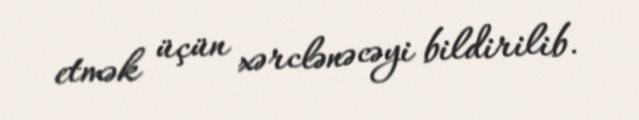
etmək üçün xərclənəcəyi bildirilib.